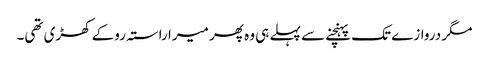
مگر دروازے تک پہنچنے سے پہلے ہی وہ پھر میرا راستہ روکے کھڑی تھی۔